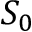
S _ { 0 }